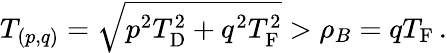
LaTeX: T_{(p,q)}=\sqrt{p_{\vphantom D}^{2}T_{\mathrm{D}}^{2}+q_{\vphantom D}^{2}T_{\mathrm{F}}^{2}}>\rho_{B}=qT_{\mathrm{F}}\, .